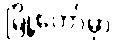
မြို့တော်မှာ